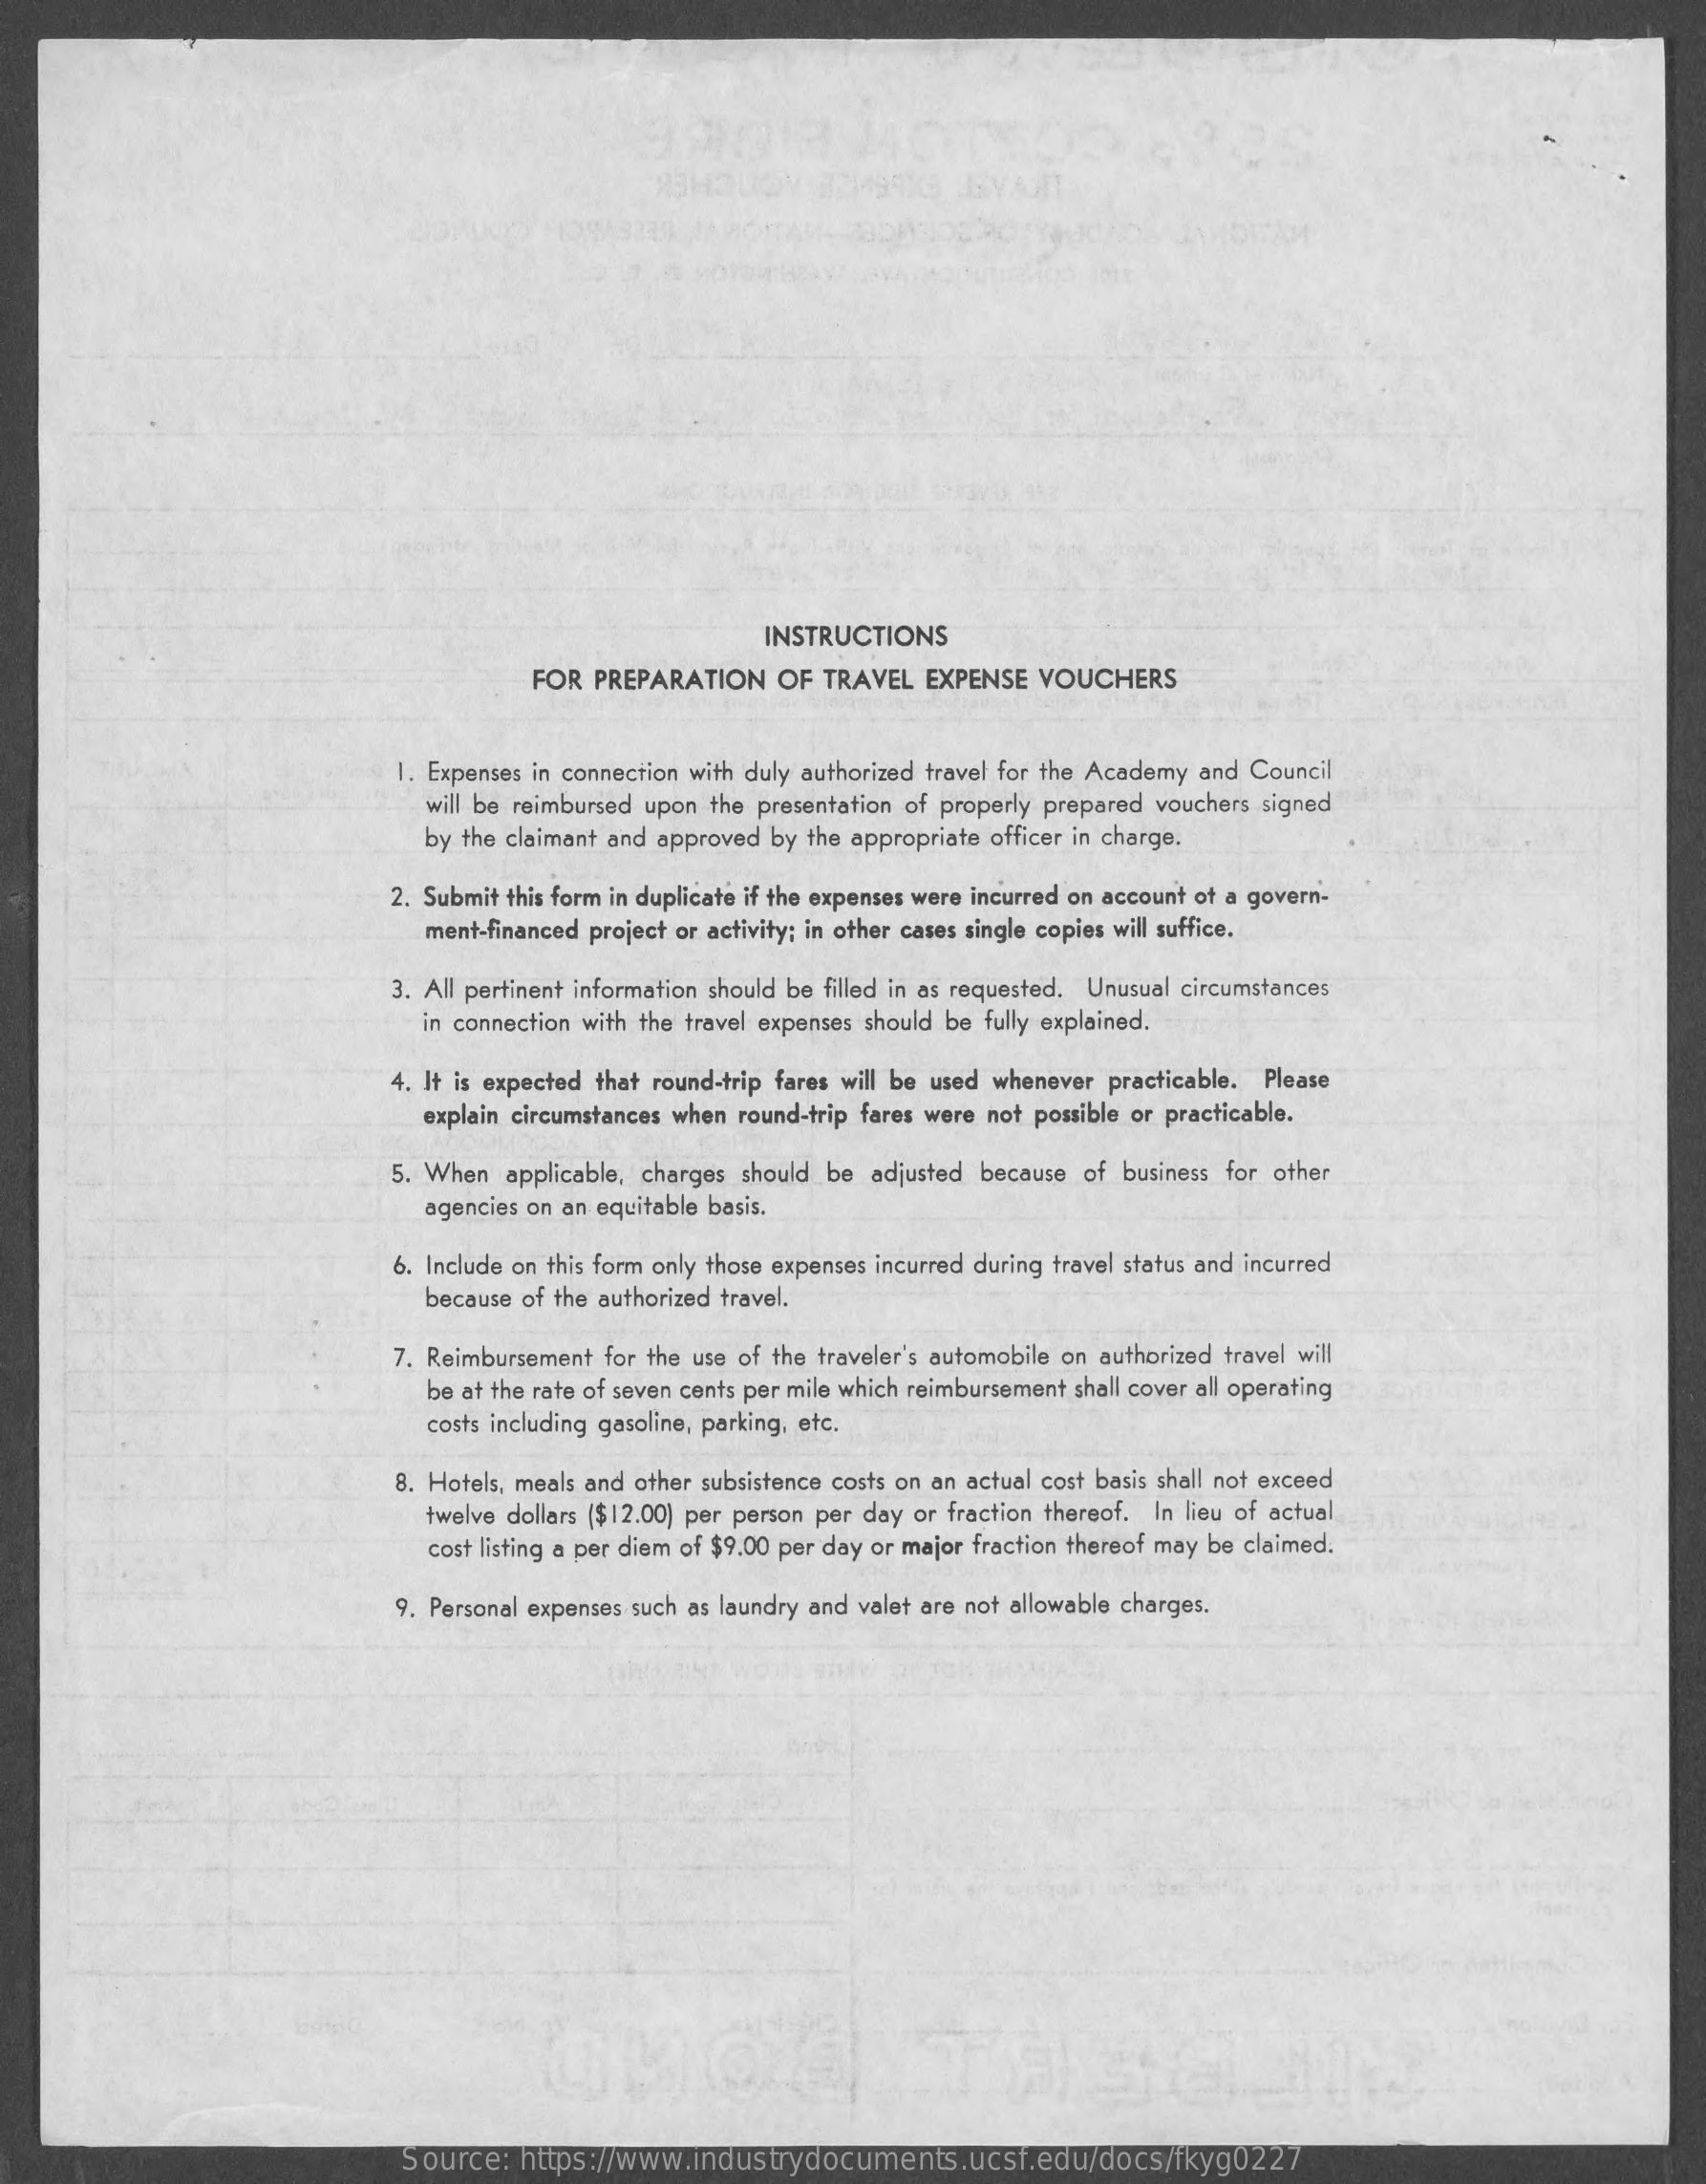
INSTRUCTIONS
     FOR  PREPARATION   OF  TRAVEL  EXPENSE  VOUCHERS
     1. Expenses in connection with duly authorized travel for the Academy and Council
     will be reimbursed upon the presentation of properly prepared vouchers signed
     by the claimant and approved by the appropriate officer in charge.
     2. Submit this form in duplicate if the expenses were incurred on account of a govern-
     ment-financed project or activity; in other cases single copies will suffice.
     3. All pertinent information should be filled in as requested. Unusual circumstances
     in connection with the travel expenses should be fully explained.
     4. It is expected that round-trip fares will be used whenever practicable. Please
     explain circumstances when round-trip fares were not possible or practicable.
     5. When applicable, charges should be adjusted because of business for other
     agencies on an equitable basis.
     6. Include on this form only those expenses incurred during travel status and incurred
     because of the authorized travel.
     7. Reimbursement for the use of the traveler's automobile on authorized travel will
     be at the rate of seven cents per mile which reimbursement shall cover all operating
     costs including gasoline, parking, etc.
     8. Hotels, meals and other subsistence costs on an actual cost basis shall not exceed
     twelve dollars ($ 12.00) per person per day or fraction thereof. In lieu of actual
     cost listing a per diem of $9.00 per day or major fraction thereof may be claimed.
     9. Personal expenses such as laundry and valet are not allowable charges.
     Source:  https://www.industrydocuments.ucsf.edu/docs/fkyg0227